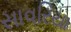
સાવરિયા